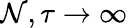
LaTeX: \mathcal{N},\tau\to\infty